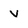
Character: v